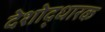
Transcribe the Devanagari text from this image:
देशोद्धारक